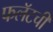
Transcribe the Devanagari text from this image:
फलॅटची